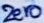
Text: ZERO